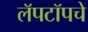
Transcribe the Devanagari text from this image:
लॅपटॉपचे